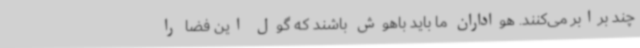
چند برابر می‌کنند. هواداران ما باید باهوش باشند که گول این فضا را